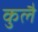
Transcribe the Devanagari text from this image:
कुलै